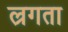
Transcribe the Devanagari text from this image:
ल्रगता